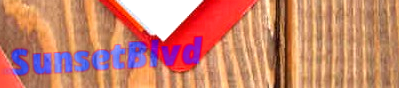
SunsetBlvd